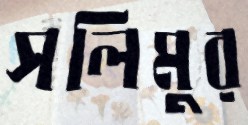
সলিমুর